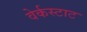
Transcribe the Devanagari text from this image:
वेर्कस्टाट